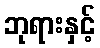
ဘုရားနှင့်